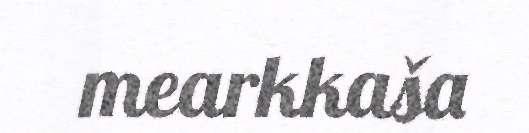
mearkkaša